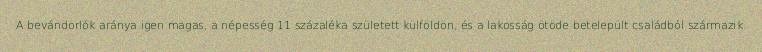
A bevándorlók aránya igen magas, a népesség 11 százaléka született külföldön, és a lakosság ötöde betelepült családból származik.